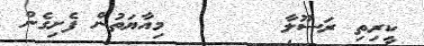
ކީރިތި ރަސޫލާ       މިއާޔަތުން ފެށިގެން